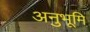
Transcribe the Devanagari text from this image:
अनुभूमि